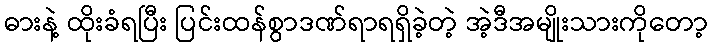
ဓားနဲ့ ထိုးခံရပြီး ပြင်းထန်စွာဒဏ်ရာရရှိခဲ့တဲ့ အဲ့ဒီအမျိုးသားကိုတော့